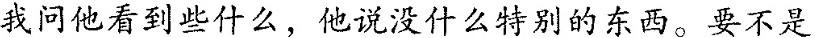
我问他看到些什么，他说没什么特别的东西。要不是